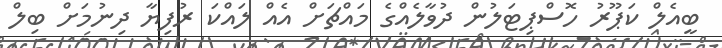
ބީއެލް ކަޕޫރު ހޮސްޕިޓަލުން ދުވާލެއްގެ މައްޗަށް އެއް ލައްކަ ރުފިޔާ ދިނުމަށް ބިލް